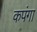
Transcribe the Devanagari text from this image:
कपंगा